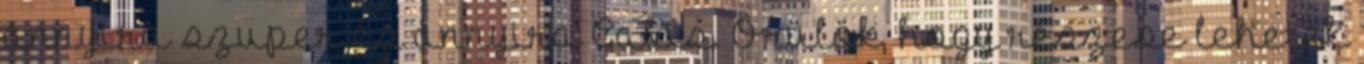
annyira szuper és annyira Gabis. Örülök, hogy részese lehetek